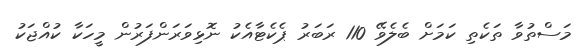
މަސްތުވާ ތަކެތި ކަމަށް ބެލެވޭ 110 ރަބަރު ޕެކެޓާއެކު ނޮޅިވަރަންފަރުން މީހަކާ ކުއްޖަކު